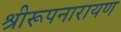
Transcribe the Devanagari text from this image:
श्रीरूपनारायण